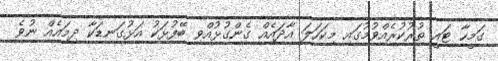
ގަމީހާ ޓައީ ތުރުކުރެއްވުމުގައި މިކަހަލަ އާދައެއް ގެންގުޅުއްވި ބޭފުޅަކު އަޅުގަނޑަކާ ދިމައެއް ނުވެ